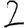
Digit: 2